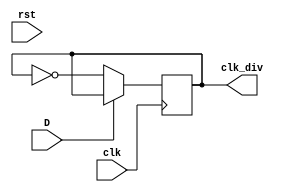
module ClockDiviser(
	input D,
	input clk,
	input rst,
	output reg clk_div
);

always@(posedge  clk)begin
	if(D == 1)
		clk_div <= clk_div;
		else
		clk_div <= ~clk_div;
	
end
endmodule